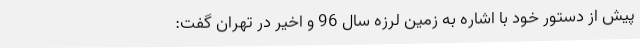
پیش از دستور خود با اشاره به زمین لرزه سال 96 و اخیر در تهران گفت: